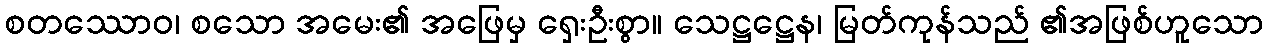
စတဿောဝ၊ စသော အမေး၏ အဖြေမှ ရှေးဦးစွာ။ သေဋ္ဌဋ္ဌေန၊ မြတ်ကုန်သည် ၏အဖြစ်ဟူသော